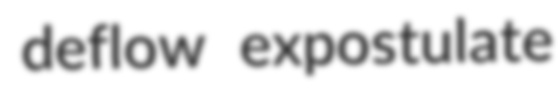
deflow expostulate